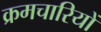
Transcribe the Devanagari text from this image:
क्रमचारियों